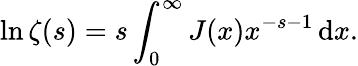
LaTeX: \ln\zeta(s)=s\int_{0}^{\infty}J(x)x^{-s-1}\, \mathrm{d}x.